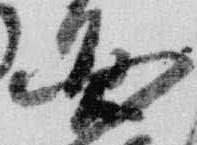
円